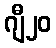
ဂျီ၂၀